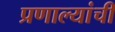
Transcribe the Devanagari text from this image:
प्रणाल्यांची